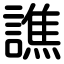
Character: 譙